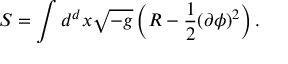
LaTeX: S = \int d ^ { d } x \sqrt { - g } \left( R - \frac { 1 } { 2 } ( \partial \phi ) ^ { 2 } \right) .